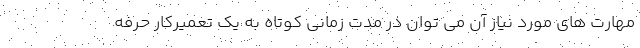
مهارت های مورد نیاز آن می توان در مدت زمانی کوتاه به یک تعمیرکار حرفه